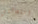
استقالتي